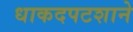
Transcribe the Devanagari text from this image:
धाकदपटशाने